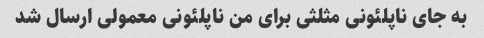
به جای ناپلئونی مثلثی برای من ناپلئونی معمولی ارسال شد